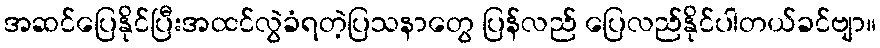
အဆင်ပြေနိုင်ပြီးအထင်လွဲခံရတဲ့ပြသနာတွေ ပြန်လည် ပြေလည်နိုင်ပါတယ်ခင်ဗျာ။